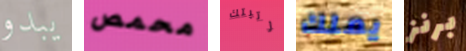
يبدو محمص رتبتك يملك برنز